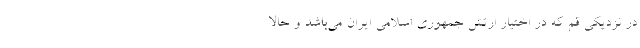
در نزدیکی قم که در اختیار ارتش جمهوری اسلامی ایران می‌باشد و حالا